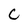
Character: C